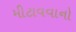
મીટાવવાનો